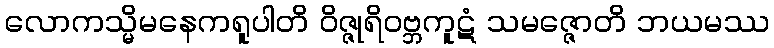
လောကသ္မိမနေကရူပါတိ ဝိဇ္ဇုရိဝဗ္ဘကူဋံ သမဇ္ဇောတိ ဘယမဿ